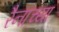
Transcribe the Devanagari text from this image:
रैनाच्या